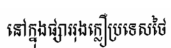
នៅក្នុងផ្សាររុងក្លឿប្រទេសថៃ